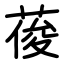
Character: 葰